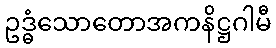
ဥဒ္ဓံသောတောအကနိဋ္ဌဂါမီ